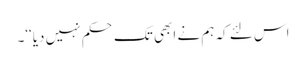
اس لئے کہ ہم نے ابھی تک حکم نہیں دیا‘‘۔